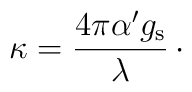
\kappa = {4\pi\alpha' g_{\rm s}\over\lambda}\,\cdotp